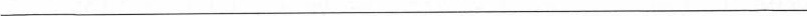
___